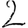
Digit: 2